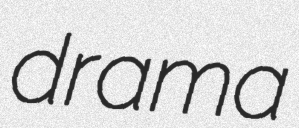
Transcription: drama